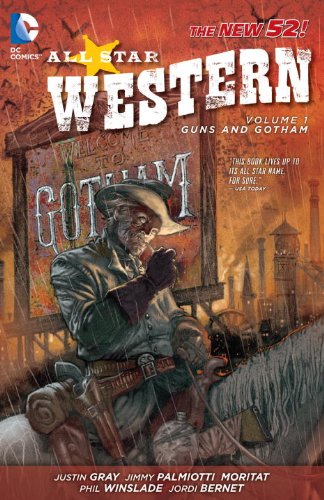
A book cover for All Star Western Vol. 1: Guns and Gotham (The New 52); Justin Gray; Comics & Graphic Novels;